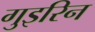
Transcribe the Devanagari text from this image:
गुइरिन